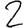
Digit: 2